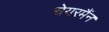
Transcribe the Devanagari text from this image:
चेयरमैंन